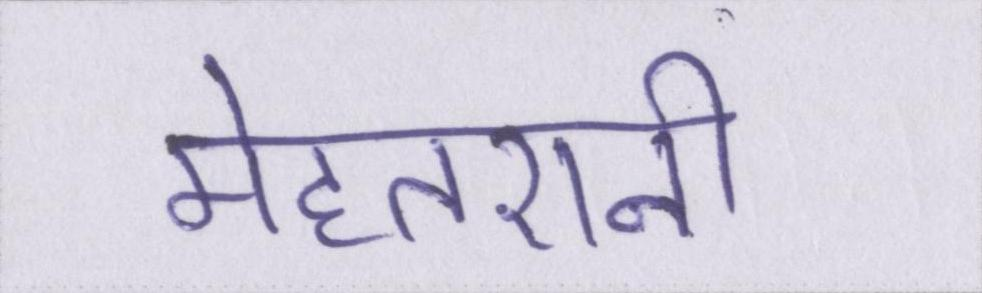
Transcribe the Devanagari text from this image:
मेहतरानी